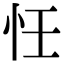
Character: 𢗖